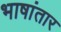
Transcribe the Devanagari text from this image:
भाषांतार